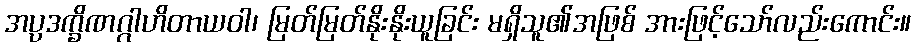
အပ္ပဒက္ခိဏဂ္ဂါဟိတာယဝါ၊ မြတ်မြတ်နိုးနိုးယူခြင်း မရှိသူ၏အဖြစ် အားဖြင့်သော်လည်းကောင်း။